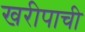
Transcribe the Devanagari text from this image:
खरीपाची